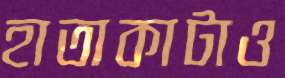
হাতাকাটাও